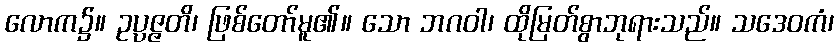
လောက၌။ ဥပ္ပဇ္ဇတိ၊ ဖြစ်တော်မူ၏။ သော ဘဂဝါ၊ ထိုမြတ်စွာဘုရားသည်။ သဒေဝကံ၊